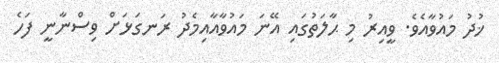
ޚުދު މައުވާއެވެ. ވީއިރު މި ޙާލަތުގައި އޭނަ މައުވާއާއިމެދު ރަނގަޅަށް ވިސްނާނީ ފަހެ